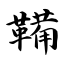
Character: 鞴